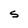
Character: S